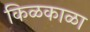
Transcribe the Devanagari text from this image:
किळकाळा